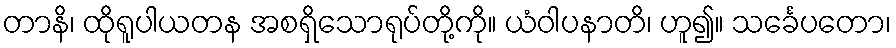
တာနိ၊ ထိုရူပါယတန အစရှိသောရုပ်တို့ကို။ ယံဝါပနာတိ၊ ဟူ၍။ သင်္ခေပတော၊